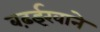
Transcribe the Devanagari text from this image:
बढ़ईखाने